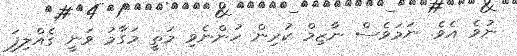
ނުވެ އެވެ. ނަމަވެސް ނާޒިމް ކުރިން ހުންނެވި މަތީ މަގާމު ވަނީ ގެއްލިފަ